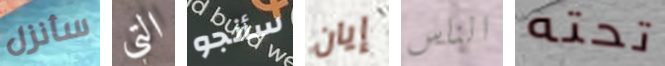
سأنزل التي سأنجو إيان الناس تحته